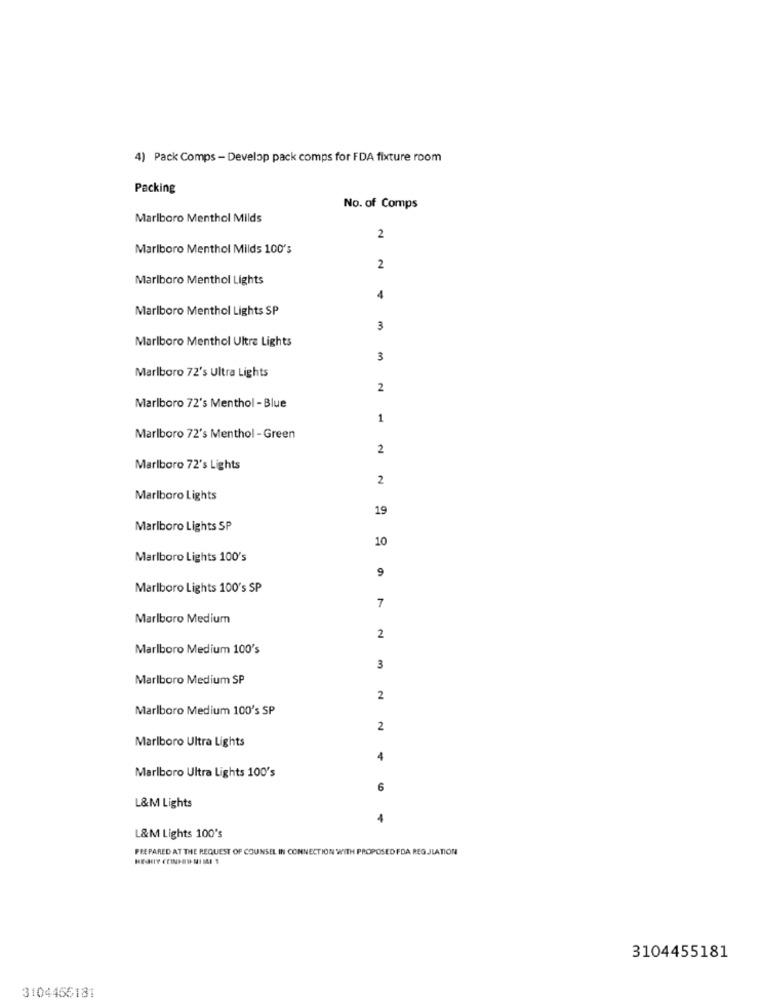
4) Pack Comps - Develop pack comps for FDA fixture room
Packing
No. of Comps
Marlboro Menthol Milds
2
Marlboro Menthol Milds 100's
2
Marlboro Menthol Lights
4
Marlboro Menthol Lights SP
3
Marlboro Menthol Ultra Lights
3
Marlboro 72's Ultra Lights
2
Marlboro 72's Menthol - Blue
1
Marlboro 72's Menthol - Green
2
Marlboro 72's Lights
2
Marlboro Lights
19
Marlboro Lights SP
10
Marlboro Lights 100's
9
Marlboro Lights 100's SP
7
Marlboro Medium
2
Marlboro Medium 100's
3
Marlboro Medium SP
2
Marlboro Medium 100's SP
2
Marlboro Ultra Lights
Marlboro Ultra Lights 100's
6
L&M Lights
1
L&M Lights 100's
PREPARED AT THE REQUEST OF COUNSEL IN CONNECTION WITH PROPOSED FDA REGULATION
3104455181
3104456181